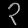
Digit: ၃